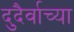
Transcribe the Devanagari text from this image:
दुदैर्वाच्या